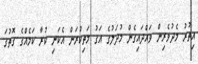
އިތުރު މެދުވެރިން ވައްދައިގެން މުދަލުގެ އަގު މަތިކުރަން އެކަނި ކުރާ ކަމެއްގެ ގޮތުގަ